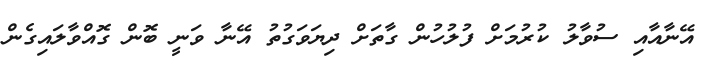
އޭނާއާއި ސުވާލު ކުރުމަށް ފުލުހުން ގާތަށް ދިޔަވަގުތު އޭނާ ވަނީ ބޮން ގޮއްވާލައިގެން